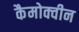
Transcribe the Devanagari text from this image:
कैमोक्वीन